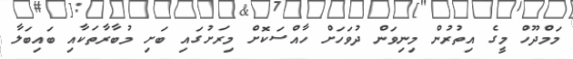
މަމްދޫހް މީގެ އިތުރުން މިނިވަން ދުވަހަށް ހާއްސަކޮށް މިރަށުގައި ބަށި މުބާރާތަކާއި ބައިބަލާ